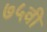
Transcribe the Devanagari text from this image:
७५वी